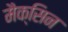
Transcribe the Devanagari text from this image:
मैक्सिन